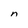
Character: n